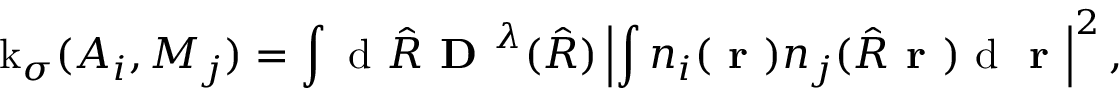
\operatorname { k } _ { \sigma } ( A _ { i } , M _ { j } ) = \int \textrm { d } \hat { R } \textbf { D } ^ { \lambda } ( \hat { R } ) \left| \int n _ { i } ( \textbf { r } ) n _ { j } ( \hat { R } \textbf { r } ) \textrm { d } \textbf { r } \right| ^ { 2 } ,